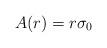
LaTeX: \begin{align*}A(r) = r\mathbb \sigma_0 \end{align*}